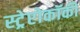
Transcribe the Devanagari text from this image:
स्ट्रेप्टोकॉकी